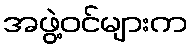
အဖွဲ့ဝင်များက